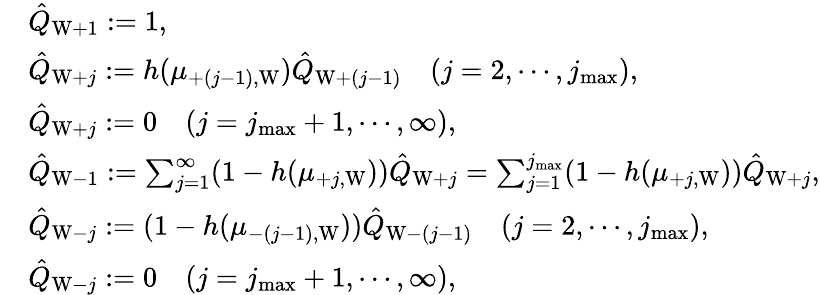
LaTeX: \begin{array}{rl}&{\hat{Q}_{\mathrm{W}+1}:=1,}\\ &{\hat{Q}_{\mathrm{W}+j}:=h(\mu_{+(j-1),\mathrm{W}})\hat{Q}_{\mathrm{W}+(j-1)}\quad(j=2,\cdots,j_{\operatorname*{max}}),}\\ &{\hat{Q}_{\mathrm{W}+j}:=0\quad(j=j_{\operatorname*{max}}+1,\cdots,\infty),}\\ &{\hat{Q}_{\mathrm{W}-1}:=\sum_{j=1}^{\infty}(1-h(\mu_{+j,\mathrm{W}}))\hat{Q}_{\mathrm{W}+j}=\sum_{j=1}^{j_{\operatorname*{max}}}(1-h(\mu_{+j,\mathrm{W}}))\hat{Q}_{\mathrm{W}+j},}\\ &{\hat{Q}_{\mathrm{W}-j}:=(1-h(\mu_{-(j-1),\mathrm{W}}))\hat{Q}_{\mathrm{W}-(j-1)}\quad(j=2,\cdots,j_{\operatorname*{max}}),}\\ &{\hat{Q}_{\mathrm{W}-j}:=0\quad(j=j_{\operatorname*{max}}+1,\cdots,\infty),}\end{array}